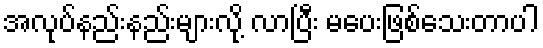
အလုပ်နည်းနည်းများလို့ လာပြီး မပေးဖြစ်သေးတာပါ